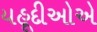
યહૂદીઓએ